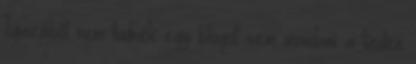
Igazából nem tudnék egy blogot sem mondani a tieden